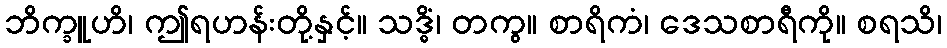
ဘိက္ခူဟိ၊ ဤရဟန်းတို့နှင့်။ သဒ္ဓိံ၊ တကွ။ စာရိကံ၊ ဒေသစာရီကို။ စရသိ၊